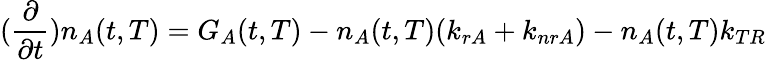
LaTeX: (\frac{\partial}{\partial t})n_{A}(t,T)=G_{A}(t,T)-n_{A}(t,T)(k_{rA}+k_{nrA})-n_{A}(t,T)k_{TR}